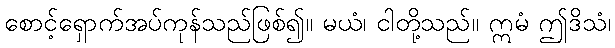
စောင့်ရှောက်အပ်ကုန်သည်ဖြစ်၍။ မယံ၊ ငါတို့သည်။ ဣမံ ဤဒိသံ၊